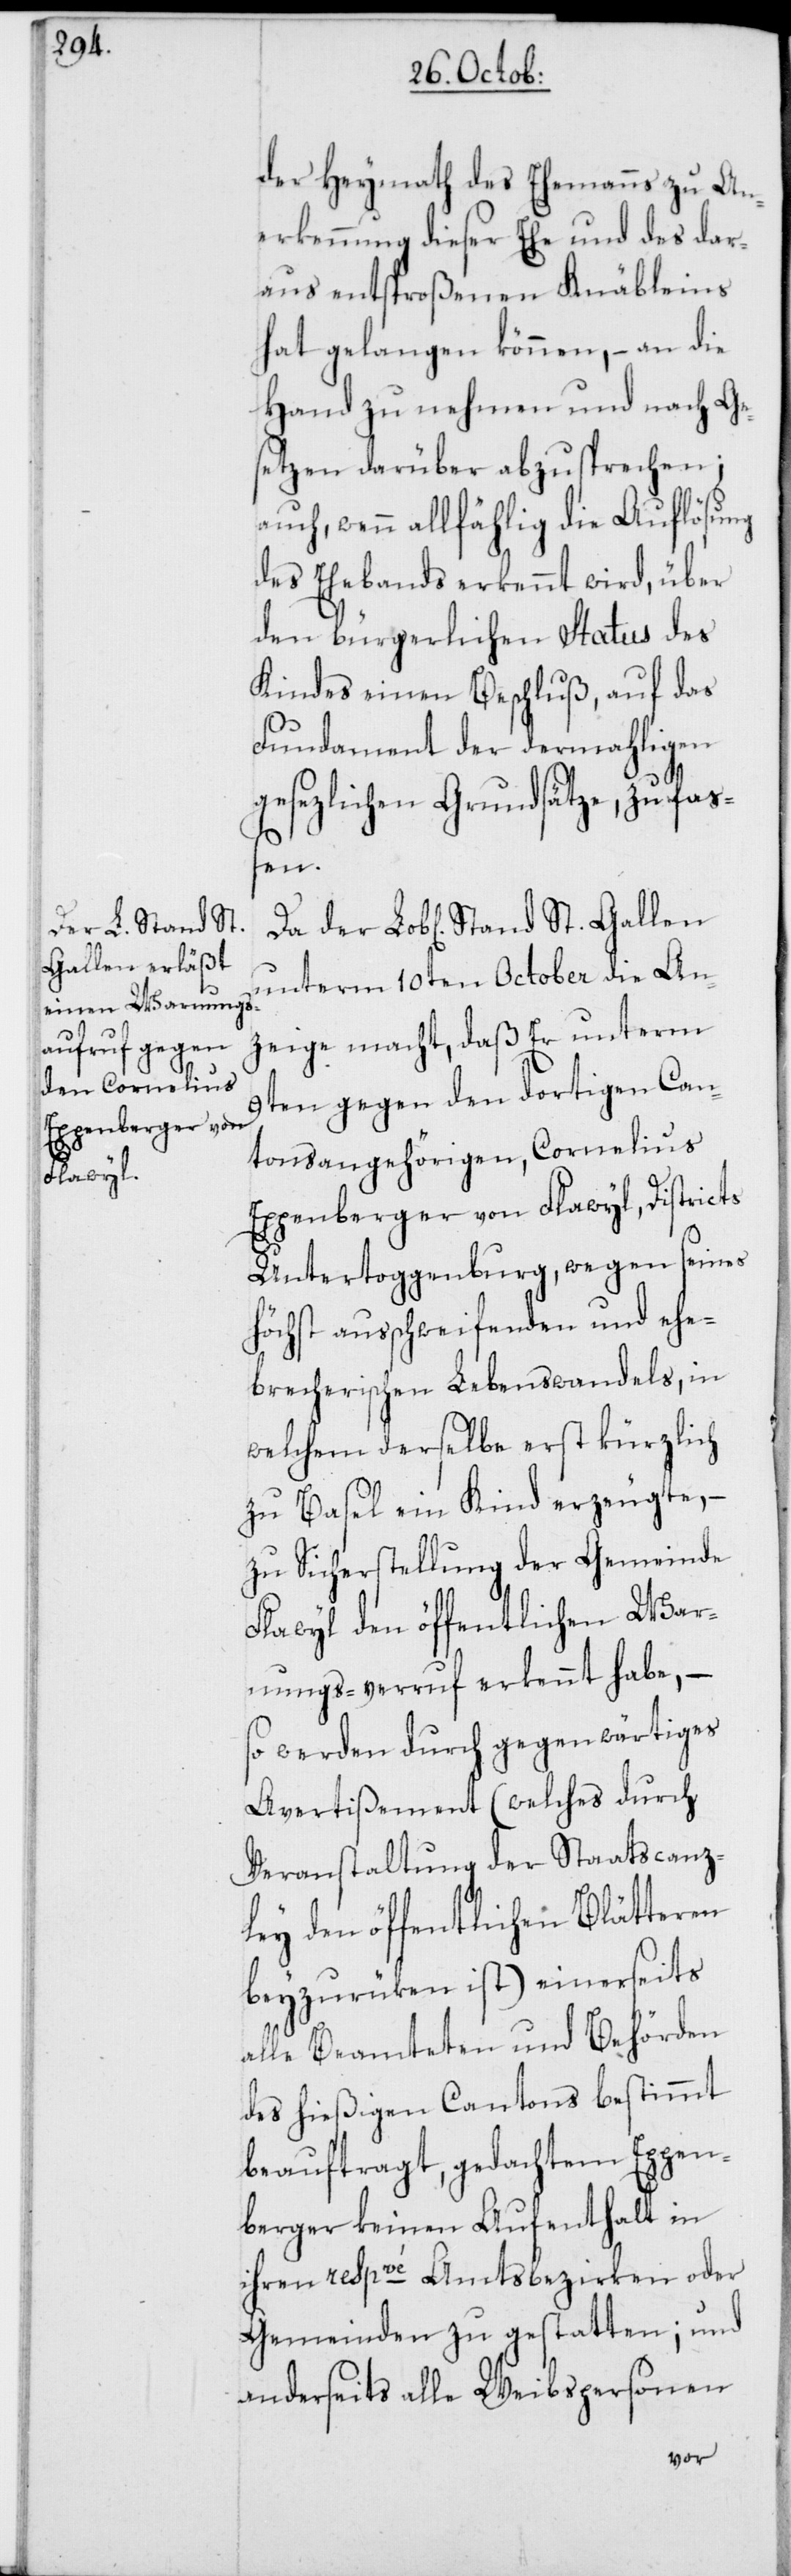
der Heymath des Ehemanns zu An¬
erkennung dieser Ehe und des dar¬
aus entsproßenen Knäbleins
hat gelangen können, – an die
Hand zu nehmen und nach Ge¬
setzen darüber abzusprechen;
auch wenn allfählig die Auflösung
des Ehebands erkennt wird, über
den bürgerlichen Status des
Kindes einen Beschluß, auf das
Fundament der dermahligen
gesezlichen Grundsätze, zu faß¬
en.
unterm 10ten October die An¬
zeige macht, daß er unterm
9ten gegen den dortigen Can¬
tonsangehörigen, Cornelius
Eggenberger von Flawyl, Districts
Untertoggenburg, wegen seines
höchst ausschweifenden und ehe¬
brecherischen Lebenswandels, in
welchem derselbe erst kürzlich
zu Basel ein Kind erzeugte,
zu Sicherstellung der Gemeinde
Flawyl den öffentlichen War¬
nungs-verruf erkennt habe, –
so werden durch gegenwärtiges
Avertißement (welches durch
Veranstaltung der Staatscanz¬
ley den öffentlichen Blätteren
beyzurüken ist) einerseits
alle Beamteten und Behörden
des hießigen Cantons bestimmt
beauftragt, gedachtem Eggen¬
berger keinen Aufenthalt in
ihren respvé Amtsbezirken oder
Gemeinden zu gestatten; und
anderseits alle Weibspersonen